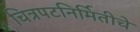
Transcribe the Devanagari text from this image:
चित्रपटनिर्मितीचे